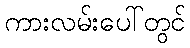
ကားလမ်းပေါ်တွင်